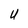
Character: U